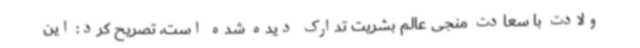
ولادت با سعادت منجی عالم بشریت تدارک دیده شده است، تصریح کرد: این